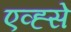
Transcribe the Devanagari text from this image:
एव्ह्से